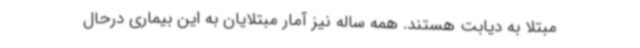
مبتلا به دیابت هستند. همه ساله نیز آمار مبتلایان به این بیماری درحال